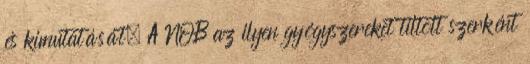
és kimutatását. A NOB az ilyen gyógyszereket tiltott szerként